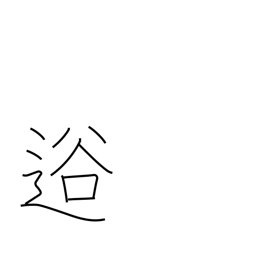
Meaning: valley